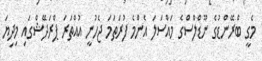
މެގީ ބްރޭންޑުގެ ނޫޑްލްސްގެ މައްސަލަ އެންމެ ފުރަތަމަ ޖެހުނީ އުއްތަރަ ޕްރަދޭޝްގައި މިދިޔަ